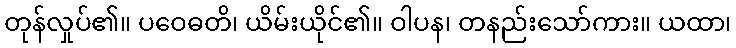
တုန်လှုပ်၏။ ပဝေဓတိ၊ ယိမ်းယိုင်၏။ ဝါပန၊ တနည်းသော်ကား။ ယထာ၊